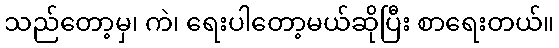
သည်တော့မှ၊ ကဲ၊ ရေးပါတော့မယ်ဆိုပြီး စာရေးတယ်။